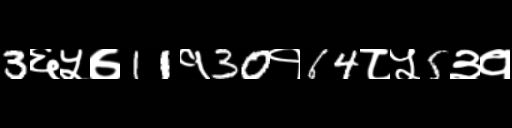
Text: 3६५७11१30१64८५5३१